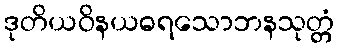
ဒုတိယဝိနယဓရသောဘနသုတ္တံ